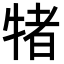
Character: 𭷭